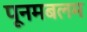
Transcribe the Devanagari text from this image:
पूनमबलम